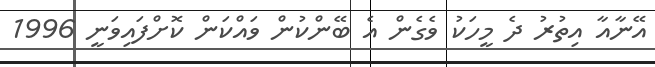
އޭނާއާ އިތުރު ދެ މީހަކު ވެގެން އެ ބޭންކުން ވައްކަން ކޮށްފައިވަނީ 1996